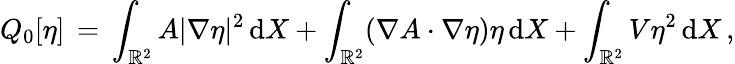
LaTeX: Q_{0}[\eta]\, =\, \int_{\mathbb{R}^{2}}A|\nabla\eta|^{2}\, \mathrm{d}X+\int_{\mathbb{R}^{2}}(\nabla A\cdot\nabla\eta)\eta\, \mathrm{d}X+\int_{\mathbb{R}^{2}}V\eta^{2}\, \mathrm{d}X\, ,